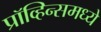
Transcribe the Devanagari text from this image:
प्रॉव्हिन्समध्ये